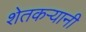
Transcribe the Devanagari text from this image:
शेतकऱ्यानी